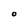
Character: O